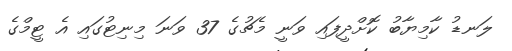
ލަނޑު ކާމިޔާބު ކޮށްދީފައި ވަނީ މެޗުގެ 37 ވަނަ މިނިޓުގައި އެ ޓީމްގެ